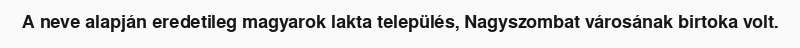
A neve alapján eredetileg magyarok lakta település, Nagyszombat városának birtoka volt.